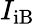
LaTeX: I_{\mathrm{iB}}